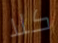
كلا